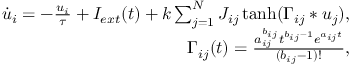
\begin{array} { r } { \dot { u } _ { i } = - \frac { u _ { i } } { \tau } + I _ { e x t } ( t ) + k \sum _ { j = 1 } ^ { N } J _ { i j } \operatorname { t a n h } ( \Gamma _ { i j } * u _ { j } ) , } \\ { \Gamma _ { i j } ( t ) = \frac { a _ { i j } ^ { b _ { i j } } t ^ { b _ { i j } - 1 } e ^ { a _ { i j } t } } { ( b _ { i j } - 1 ) ! } , } \end{array}